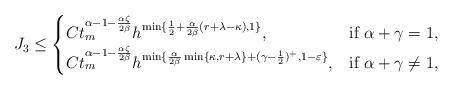
LaTeX: \begin{align*}J_3\leq\begin{cases}C t_m^{\alpha-1-\frac{\alpha\zeta}{2\beta}} h^{ \min\{ \frac{1}{2} + \frac{\alpha}{2\beta}(r+\lambda-\kappa), 1 \} }, & \mbox{if } \alpha + \gamma = 1, \\C t_m^{\alpha-1-\frac{\alpha\zeta}{2\beta}} h^{\min\{\frac{\alpha}{2\beta}\min\{\kappa,r+\lambda\} + (\gamma-\frac{1}{2})^{+}, 1-\varepsilon\}}, & \mbox{if } \alpha + \gamma \neq 1,\end{cases}\end{align*}